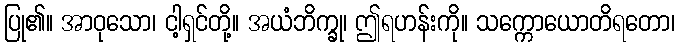
ပြု၏။ အာဝုသော၊ ငါ့ရှင်တို့။ အယံဘိက္ခု၊ ဤရဟန်းကို။ သက္ကောယောတိရတော၊